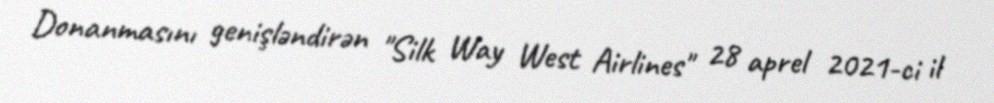
Donanmasını genişləndirən "Silk Way West Airlines" 28 aprel 2021-ci il